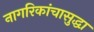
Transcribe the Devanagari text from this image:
नागरिकांचासुद्धा